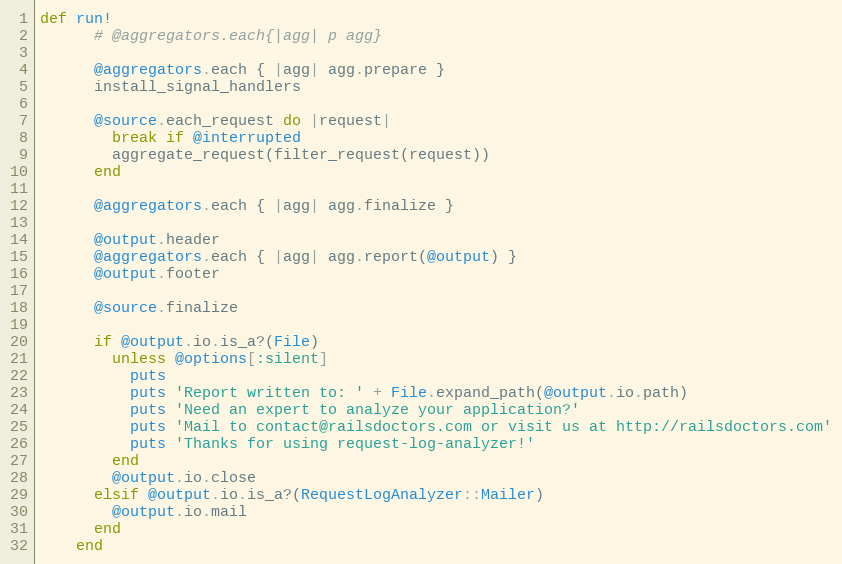
Language: Ruby
def run!
      # @aggregators.each{|agg| p agg}

      @aggregators.each { |agg| agg.prepare }
      install_signal_handlers

      @source.each_request do |request|
        break if @interrupted
        aggregate_request(filter_request(request))
      end

      @aggregators.each { |agg| agg.finalize }

      @output.header
      @aggregators.each { |agg| agg.report(@output) }
      @output.footer

      @source.finalize

      if @output.io.is_a?(File)
        unless @options[:silent]
          puts
          puts 'Report written to: ' + File.expand_path(@output.io.path)
          puts 'Need an expert to analyze your application?'
          puts 'Mail to contact@railsdoctors.com or visit us at http://railsdoctors.com'
          puts 'Thanks for using request-log-analyzer!'
        end
        @output.io.close
      elsif @output.io.is_a?(RequestLogAnalyzer::Mailer)
        @output.io.mail
      end
    end